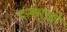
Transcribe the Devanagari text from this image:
दसमुळी